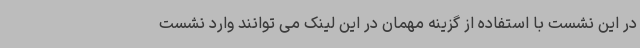
در این نشست با استفاده از گزینه مهمان در این لینک می توانند وارد نشست